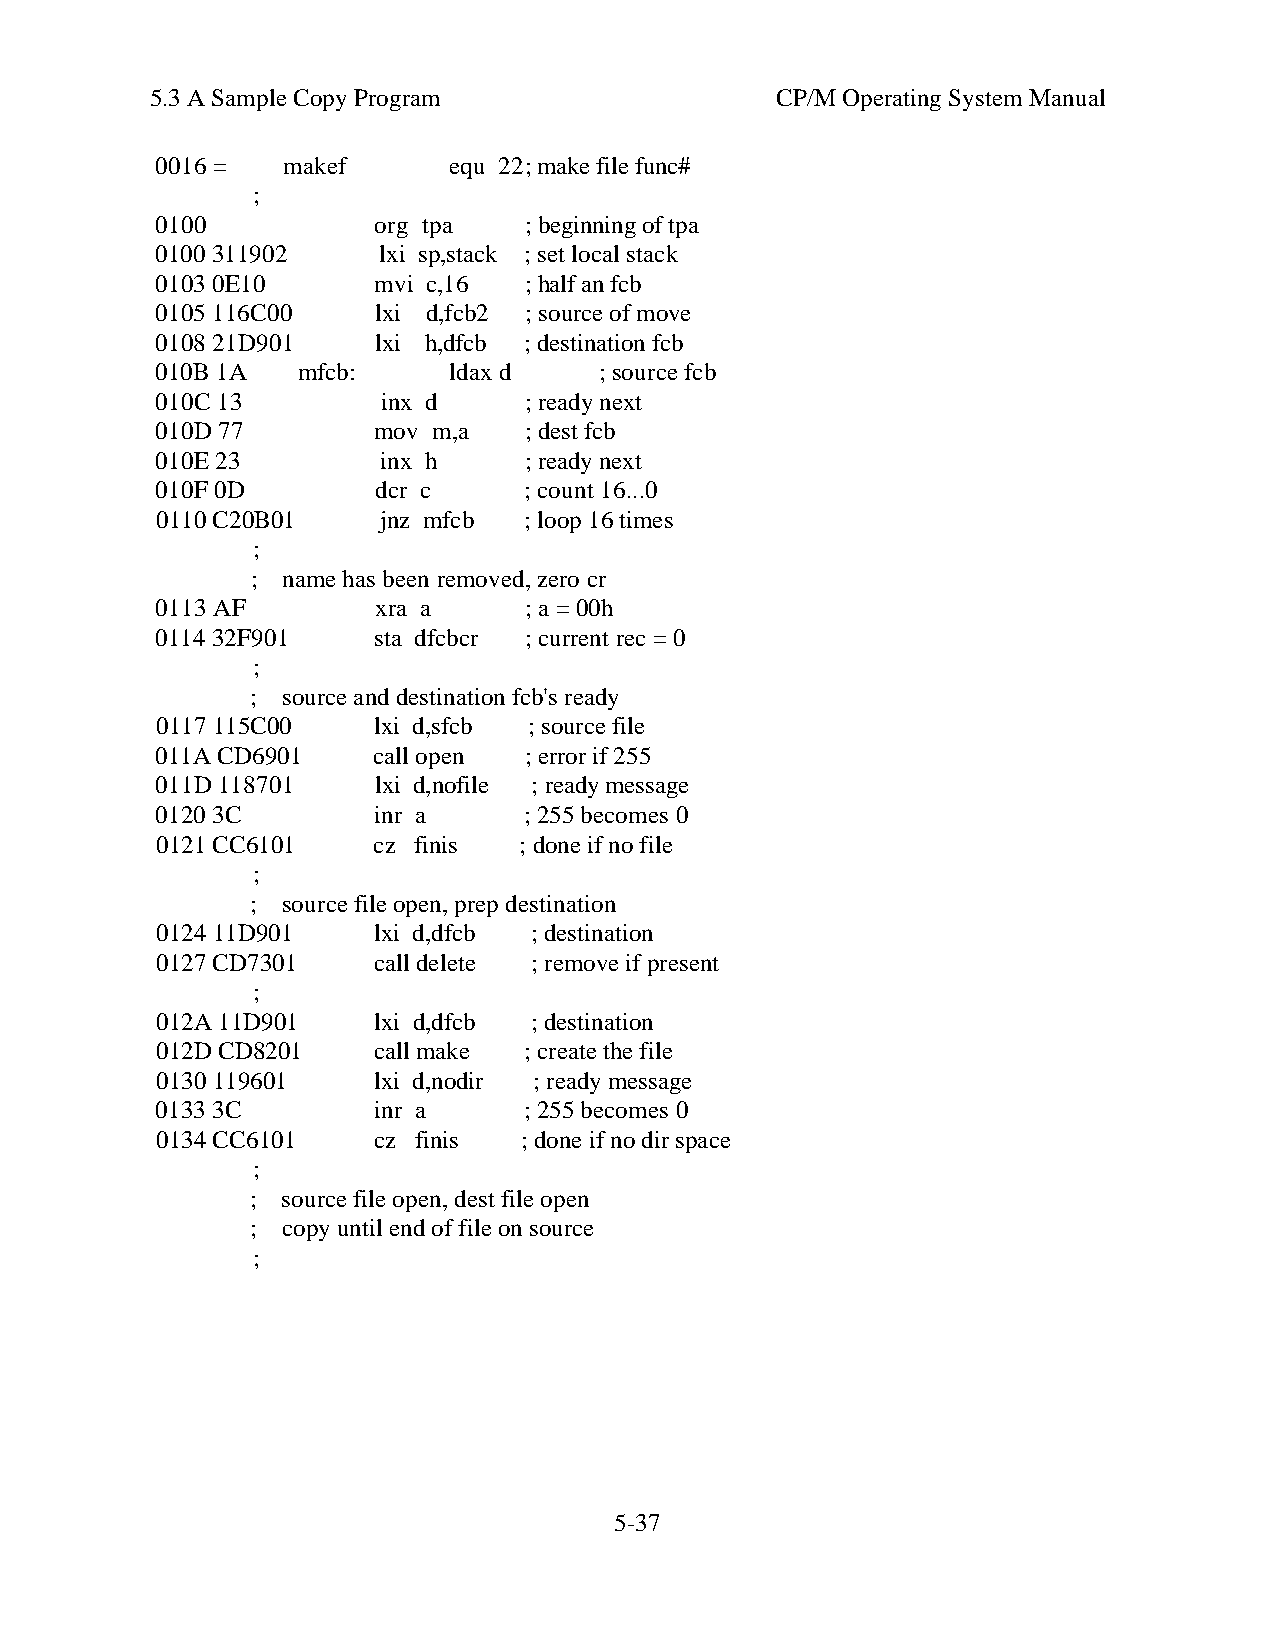
5.3 A Sample Copy Program                CP/M Operating System Manual
 0016 =   makef      equ 22; make file func#
 ;
 0100           org tpa   ; beginning of tpa
 0100 311902    lxi sp,stack ; set local stack
 0103 0E10      mvi c,16  ; half an fcb
 0105 116C00    lxi d,fcb2 ; source of move
 0108 21D901    lxi h,dfcb ; destination fcb
 010B 1A   mfcb:     ldax d    ; source fcb
 010C 13        inx d     ; ready next
 010D 77        mov m,a   ; dest fcb
 010E 23        inx h     ; ready next
 010F 0D        dcr c     ; count 16...0
 0110 C20B01    jnz mfcb  ; loop 16 times
 ;
 ; name has been removed, zero cr
 0113 AF        xra a     ; a = 00h
 0114 32F901    sta dfcbcr ; current rec = 0
 ;
 ; source and destination fcb's ready
 0117 115C00    lxi d,sfcb ; source file
 011A CD6901    call open ; error if 255
 011D 118701    lxi d,nofile ; ready message
 0120 3C        inr a     ; 255 becomes 0
 0121 CC6101    cz finis ; done if no file
 ;
 ; source file open, prep destination
 0124 11D901    lxi d,dfcb ; destination
 0127 CD7301    call delete ; remove if present
 ;
 012A 11D901    lxi d,dfcb ; destination
 012D CD8201    call make ; create the file
 0130 119601    lxi d,nodir ; ready message
 0133 3C        inr a     ; 255 becomes 0
 0134 CC6101    cz finis ; done if no dir space
 ;
 ; source file open, dest file open
 ; copy until end of file on source
 ;
 5-37